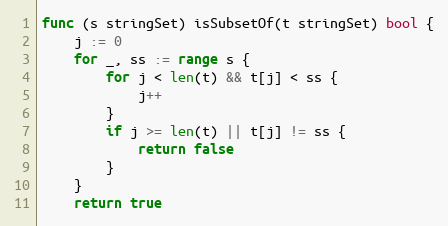
Language: Go
func (s stringSet) isSubsetOf(t stringSet) bool {
	j := 0
	for _, ss := range s {
		for j < len(t) && t[j] < ss {
			j++
		}
		if j >= len(t) || t[j] != ss {
			return false
		}
	}
	return true